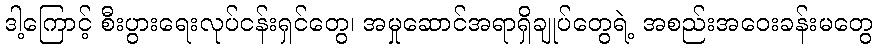
ဒါ့ကြောင့် စီးပွားရေးလုပ်ငန်းရှင်တွေ၊ အမှုဆောင်အရာရှိချုပ်တွေရဲ့ အစည်းအဝေးခန်းမတွေ